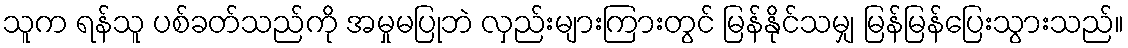
သူက ရန်သူ ပစ်ခတ်သည်ကို အမှုမပြုဘဲ လှည်းများကြားတွင် မြန်နိုင်သမျှ မြန်မြန်ပြေးသွားသည်။